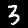
Label: 3